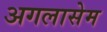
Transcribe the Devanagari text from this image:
अगलासेम